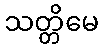
သတ္တိမေ